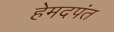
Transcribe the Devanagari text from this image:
हेमदपंत